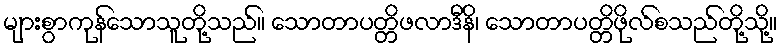
များစွာကုန်သောသူတို့သည်။ သောတာပတ္တိဖလာဒီနိ၊ သောတာပတ္တိဖိုလ်စသည်တို့သို့။